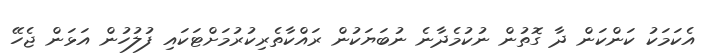
އެކަމަކު ކަންކަން ދާ ގޮތުން ނުކުމެދާނެ ނުބަޔަކުން ރައްކާތެރިކުރުމަށްޓަކައި ފުލުހުން އަޅަން ޖެހޭ